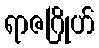
ရာဇဂြိုဟ်